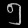
Digit: ၅